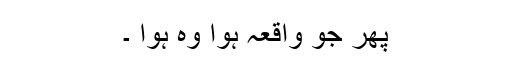
پھر جو واقعہ ہوا وہ ہوا ۔